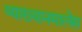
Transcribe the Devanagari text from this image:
व्याख्यानमालेस